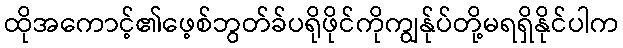
ထိုအကောင့်၏ဖေ့စ်ဘွတ်ခ်ပရိုဖိုင်ကိုကျွန်ုပ်တို့မရရှိနိုင်ပါက